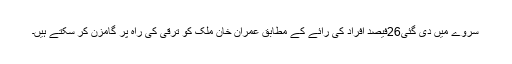
سروے میں دی گئی26فیصد افراد کی رائے کے مطابق عمران خان ملک کو ترقی کی راہ پر گامزن کر سکتے ہیں۔